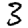
Digit: 3